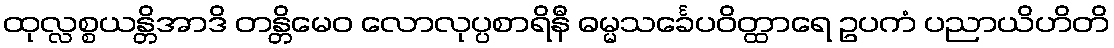
ထုလ္လစ္စယန္တိအာဒိ တန္တိမေဝ လောလုပ္ပစာရိနီ ဓမ္မသင်္ခေပဝိတ္ထာရေ ဥပကံ ပညာယိဟိတိ